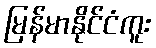
မြန်မာနိုင်ငံကူး